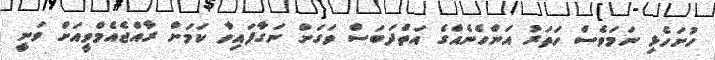
ހުށަހެޅި ނަމަވެސް ހަތަރު އަންހެނެއްގެ އަތްދަބަސް ވަގަށް ނަގާފައިވާ ކަމަށް ރާއްޖެއެމްވީއަށް ވަނީ